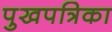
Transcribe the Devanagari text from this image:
पुखपत्रिका